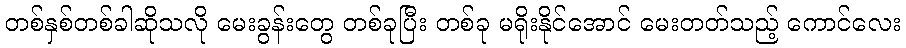
တစ်နှစ်တစ်ခါဆိုသလို မေးခွန်းတွေ တစ်ခုပြီး တစ်ခု မရိုးနိုင်အောင် မေးတတ်သည့် ကောင်လေး